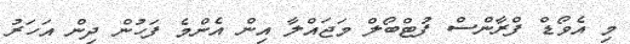
މި އެވޯޑް ފްރާންސް ފުޓްބޯލް މަޖައްލާ އިން އެންމެ ފަހުން ދިން އަހަރު